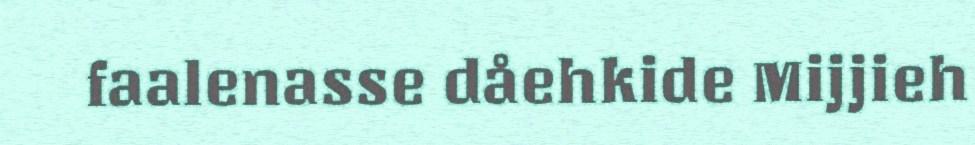
faalenasse dåehkide Mijjieh